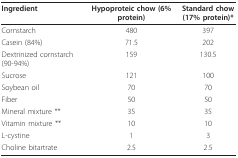
<table><thead><tr><td><b>Ingredient</b></td><td><b>Hypoproteic chow (6% protein)</b></td><td><b>Standard chow (17% protein)*</b></td></tr></thead><tbody><tr><td>Cornstarch</td><td>480</td><td>397</td></tr><tr><td>Casein (84%)</td><td>71.5</td><td>202</td></tr><tr><td>Dextrinized cornstarch (90-94%)</td><td>159</td><td>130.5</td></tr><tr><td>Sucrose</td><td>121</td><td>100</td></tr><tr><td>Soybean oil</td><td>70</td><td>70</td></tr><tr><td>Fiber</td><td>50</td><td>50</td></tr><tr><td>Mineral mixture **</td><td>35</td><td>35</td></tr><tr><td>Vitamin mixture **</td><td>10</td><td>10</td></tr><tr><td>L-cystine</td><td>1</td><td>3</td></tr><tr><td>Choline bitartrate</td><td>2.5</td><td>2.5</td></tr></tbody></table>